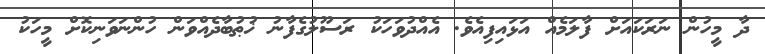
ދާ މީހުން ނަރަކައަށް ފާލަމެއް އަޅައިފިއެވެ. އެއްދުވަހަކު ރަސޫލުގެފާނު ޚުޠުބާދެއްވަން ހުންނަވަނިކޮށް މީހަކު